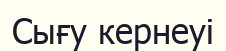
Сығу кернеуі